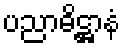
ပညာဓိဋ္ဌာနံ